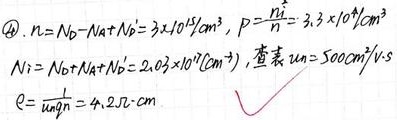
\(\textcircled{4}\). \(n = N_{D}-N_{A}+N_{D}' = 3\times 10^{15}/cm^{3}\)，\(P=\frac{n_{i}^{2}}{n}=3.3\times 10^{8}/cm^{3}\)。
\(N_{i}=N_{D}+N_{A}+N_{D}' = 2.03\times 10^{16}(cm^{-3})\)，查表得\(\mu_{n}=500cm^{2}/V\cdot s\)。
\(\rho=\frac{1}{nq\mu_{n}} = 4.2\Omega\cdot cm\)